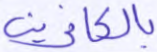
بالكافرين